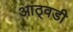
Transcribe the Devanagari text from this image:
आठ्वडी